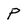
Character: P